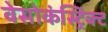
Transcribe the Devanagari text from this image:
वेसोकंस्ट्रिक्ट